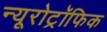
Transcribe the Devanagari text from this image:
न्यूरोट्रॉफिक